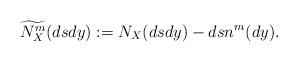
LaTeX: \begin{align*}\widetilde{N_X^m}(dsdy):=N_X(dsdy)-dsn^m(dy).\end{align*}